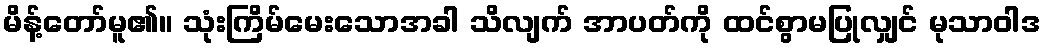
မိန့်တော်မူ၏။ သုံးကြိမ်မေးသောအခါ သိလျက် အာပတ်ကို ထင်စွာမပြုလျှင် မုသာဝါဒ